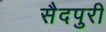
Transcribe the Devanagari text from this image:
सैदपुरी